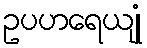
ဥပဟရေယျုံ